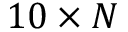
1 0 \times N